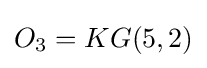
O_{3}=KG(5,2)